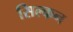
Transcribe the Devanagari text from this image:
सिल्कन